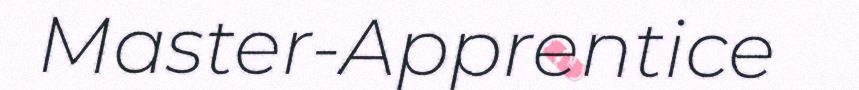
Master-Apprentice